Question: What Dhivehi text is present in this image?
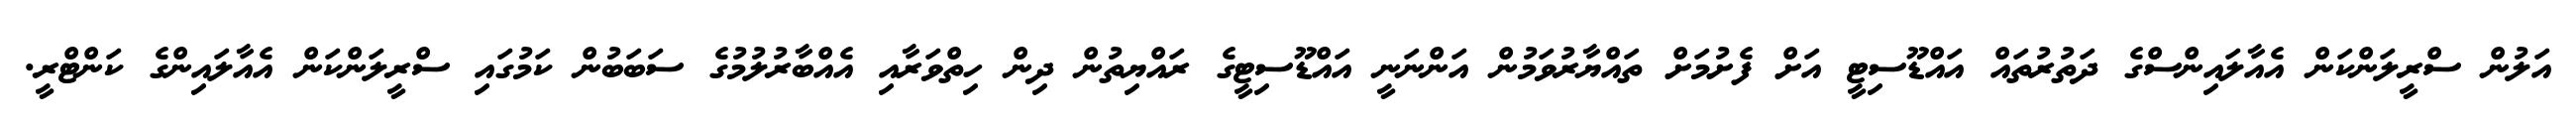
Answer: އަލުން ސްރީލަންކަން އެއާލައިންސްގެ ދަތުރުތައް އައްޑޫސިޓީ އަށް ފެށުމަށް ތައްޔާރުވަމުން އަންނަނީ އައްޑޫސިޓީގެ ރައްޔިތުން ދިން ހިތްވަރާއި އެއްބާރުލުމުގެ ސަބަބުން ކަމުގައި ސްރީލަންކަން އެއާލައިންގެ ކަންޓްރީ.